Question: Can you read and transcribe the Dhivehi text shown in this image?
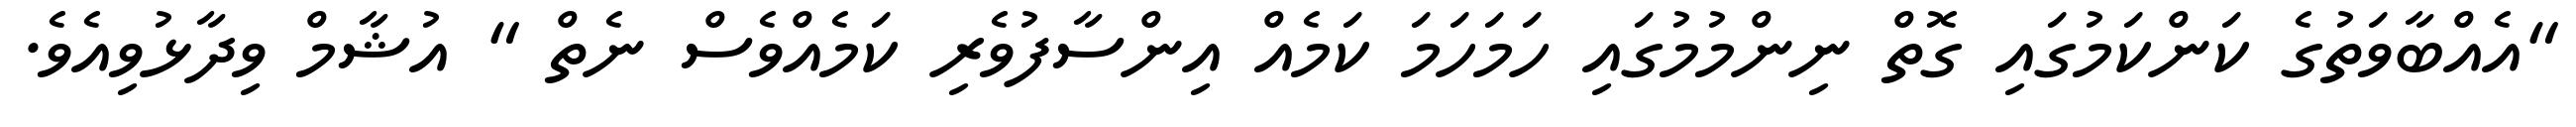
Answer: "އެއްބާވަތުގެ ކަންކަމުގައި ގޮތް ނިންމުމުގައި ހަމަހަމަ ކަމެއް އިންސާފުވެރި ކަމެއްވެސް ނެތް " އުޝާމް ވިދާޅުވިއެވެ.